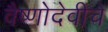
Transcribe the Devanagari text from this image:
वैष्णोदेवीचे